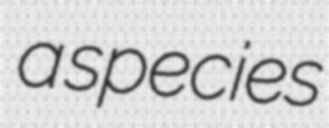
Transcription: a species